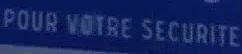
POUR VOTRE SECURITE